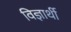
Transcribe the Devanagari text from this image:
विज्ञार्थी